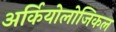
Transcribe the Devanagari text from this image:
अर्कियोलोजिकल